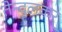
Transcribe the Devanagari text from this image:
तेन्दुलकर्